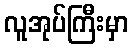
လူအုပ်ကြီးမှာ